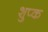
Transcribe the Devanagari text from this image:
शुप्क